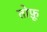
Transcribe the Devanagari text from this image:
तोफ़ू